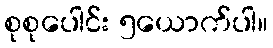
စုစုပေါင်း ၅ယောက်ပါ။